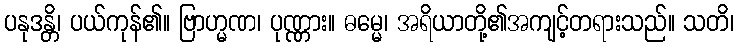
ပနုဒန္တိ၊ ပယ်ကုန်၏။ ဗြာဟ္မဏ၊ ပုဏ္ဏား။ ဓမ္မေ၊ အရိယာတို့၏အကျင့်တရားသည်။ သတိ၊